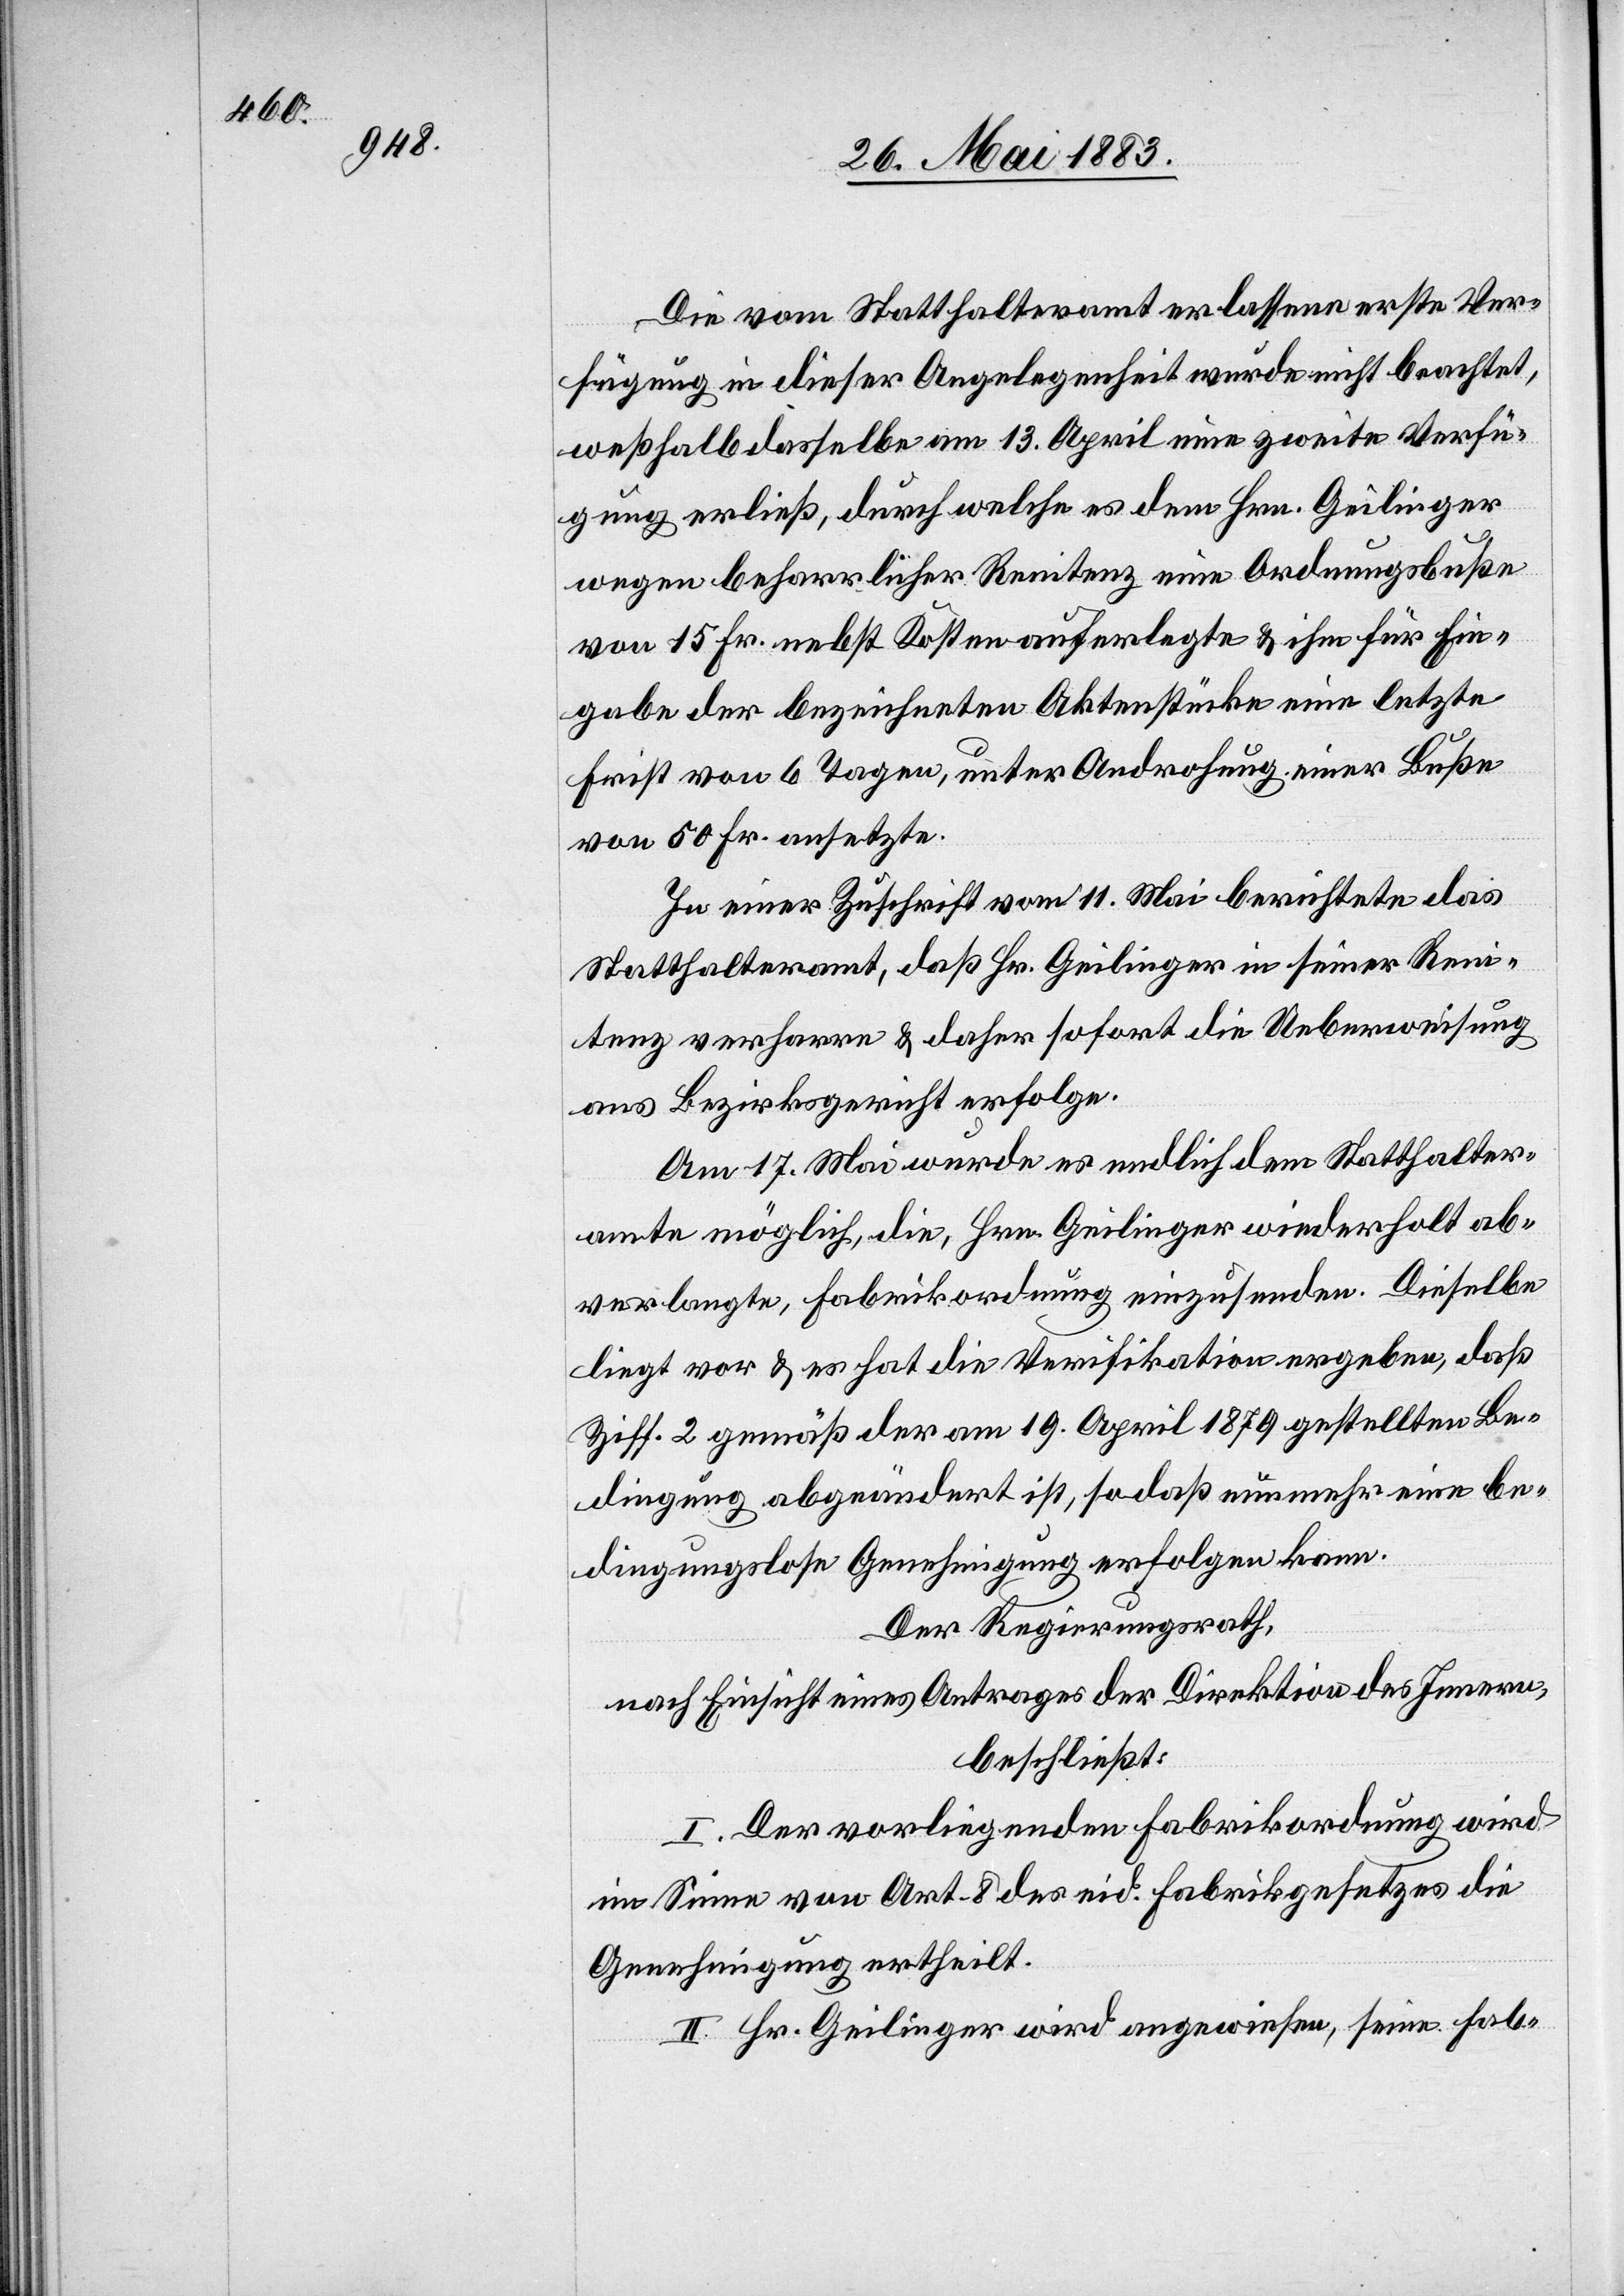
Die vom Statthalteramt erlassene erste Ver¬
fügung in dieser Angelegenheit wurde nicht beachtet,
weßhalb dasselbe am 13. April eine zweite Verfü¬
gung erließ, durch welche es dem Hrn. Geilinger
wegen beharrlicher Renitenz eine Ordnungsbuße
von 15 Fr. nebst Kosten auferlegte & ihm für Ein¬
gabe der bezeichneten Aktenstücke eine letzte
Frist von 6 Tagen, unter Androhung einer Buße
von 50 Fr. ansetzte.
In einer Zuschrift vom 11. Mai berichtete das
Statthalteramt, daß Hr. Geilinger in seiner Reni¬
tenz verharre & daher sofort die Ueberweisung
ans Bezirksgericht erfolge.
Am 17. Mai wurde es endlich dem Statthalter¬
amt möglich, die, Hrn. Geilinger wiederholt ab¬
verlangte, Fabrikordnung einzusenden. Dieselbe
liegt vor & es hat die Verifikation ergeben, daß
Ziff. 2 gemäß der am 19. April 1879 gestellten Be¬
dingung abgeändert ist, so daß nunmehr eine be¬
dingungslose Genehmigung erfolgen kann.
Der Regierungsrath,
nach Einsicht eines Antrages der Direktion des Innern,
beschließt:
I. Der vorliegenden Fabrikordnung wird
im Sinne von Art. 8 des eid. Fabrikgesetzes die
Genehmigung ertheilt.
II. Hr. Geilinger wird angewiesen, seine Fab-